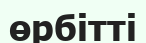
өрбітті